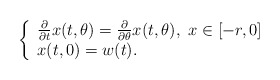
\begin{align*} \left\{ \begin{array}{ll} \frac{\partial}{\partial t}x(t,\theta)=\frac{\partial}{\partial \theta}x(t,\theta),\ x\in [-r,0] & \hbox{ } \\ x(t,0)=w(t). & \hbox{ } \end{array} \right.\end{align*}